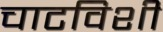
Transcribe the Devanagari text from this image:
चाटविशी